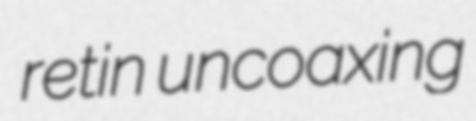
retin uncoaxing